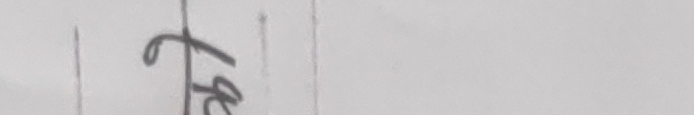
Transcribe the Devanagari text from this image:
त्रे